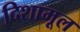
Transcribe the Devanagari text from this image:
दिशामूल